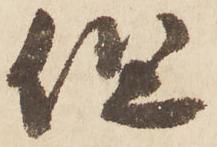
但